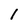
Character: 1